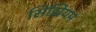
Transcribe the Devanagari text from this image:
सिझियम